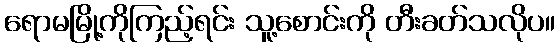
ရောမမြို့ကိုကြည့်ရင်း သူ့စောင်းကို တီးခတ်သလိုပ။